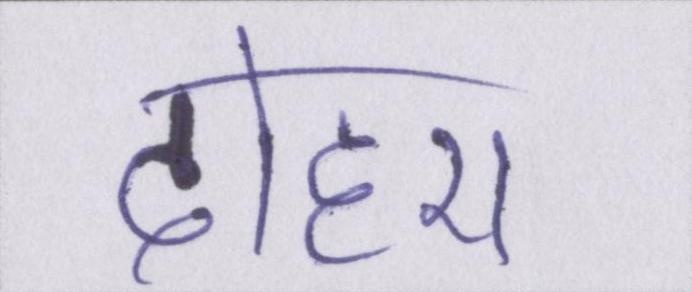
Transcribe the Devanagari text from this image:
दोहरा